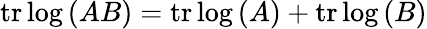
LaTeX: \operatorname{tr}{\log{(AB)}}=\operatorname{tr}{\log{(A)}}+\operatorname{tr}{\log{(B)}}